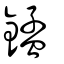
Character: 錳